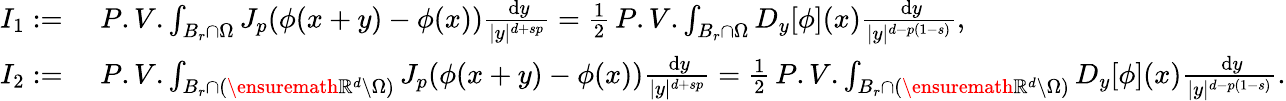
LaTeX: \begin{array}{rl}{I_{1}:=}&{\, \, P.V.\int_{B_{r}\cap\Omega}J_{p}(\phi(x+y)-\phi(x))\frac{\, \mathrm{d}y}{|y|^{d+sp}}=\frac{1}{2}\, P.V.\int_{B_{r}\cap\Omega}D_{y}[\phi](x)\frac{\, \mathrm{d}y}{|y|^{d-p(1-s)}},}\\ {I_{2}:=}&{\, \, P.V.\int_{B_{r}\cap(\ensuremath{\mathbb{R}}^{d}\setminus\Omega)}J_{p}(\phi(x+y)-\phi(x))\frac{\, \mathrm{d}y}{|y|^{d+sp}}=\frac{1}{2}\, P.V.\int_{B_{r}\cap(\ensuremath{\mathbb{R}}^{d}\setminus\Omega)}D_{y}[\phi](x)\frac{\, \mathrm{d}y}{|y|^{d-p(1-s)}}.}\end{array}